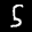
Label: 5